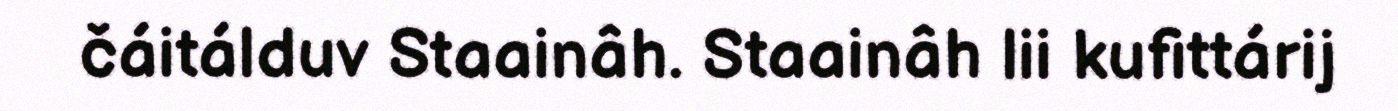
čáitálduv Staainâh. Staainâh lii kufittárij